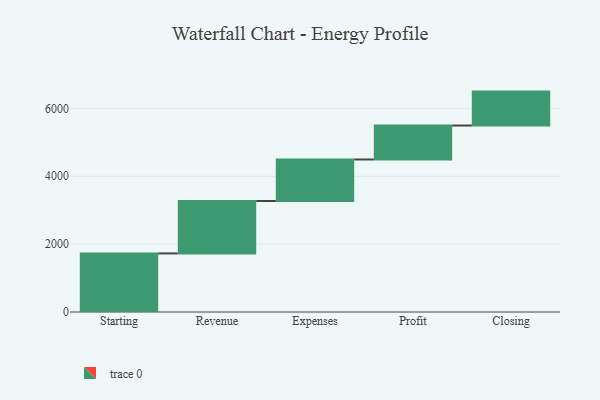
{"axis": {"x": "Step", "y": "Value"}, "legend": [""], "data": [{"x": "Starting", "y": 1726.0, "type": ""}, {"x": "Revenue", "y": 1545.0, "type": ""}, {"x": "Expenses", "y": 1223.0, "type": ""}, {"x": "Profit", "y": 1000, "type": ""}, {"x": "Closing", "y": 1000, "type": ""}]}